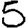
Digit: 5